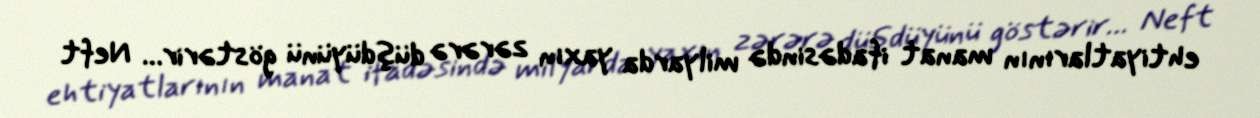
ehtiyatlarının manat ifadəsində milyarda yaxın zərərə düşdüyünü göstərir... Neft